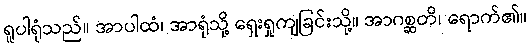
ရူပါရုံသည်။ အာပါထံ၊ အာရုံသို့ ရှေးရှုကျခြင်းသို့။ အာဂစ္ဆတိ၊ ရောက်၏။